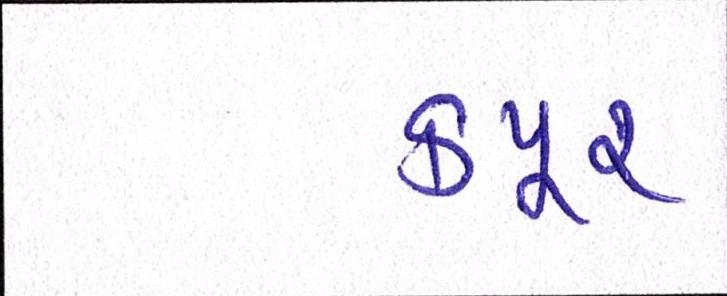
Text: કપૂર